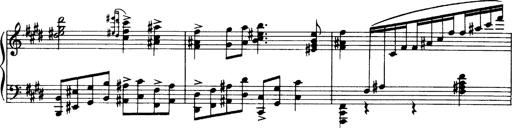
Title: OuvertÃ¼re zu TannhÃ¤user
Composer: Franz Liszt